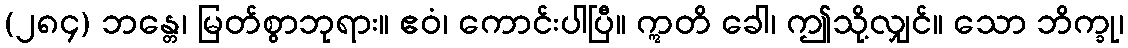
(၂၈၄) ဘန္တေ၊ မြတ်စွာဘုရား။ ဧဝံ၊ ကောင်းပါပြီ။ ဣတိ ခေါ၊ ဤသို့လျှင်။ သော ဘိက္ခု၊